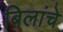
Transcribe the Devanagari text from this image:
बिलांचे